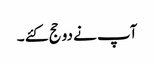
آپ نے دو حج کئے ۔